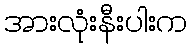
အားလုံးနီးပါးက